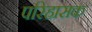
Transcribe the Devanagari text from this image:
परिहासक